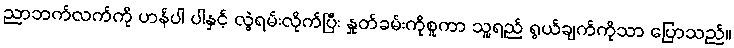
ညာဘက်လက်ကို ဟန်ပါ ပါနှင့် လွဲရမ်းလိုက်ပြီး နှုတ်ခမ်းကိုစူကာ သူ့ရည် ရွယ်ချက်ကိုသာ ပြောသည်။